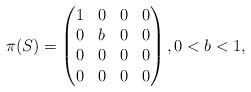
LaTeX: \begin{align*} \pi(S) = \begin{pmatrix} 1 & 0 & 0 & 0 \\ 0 & b & 0 & 0 \\ 0 & 0 & 0 & 0 \\ 0 & 0 & 0 & 0 \end{pmatrix}, 0 < b < 1,\end{align*}